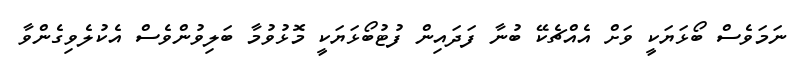
ނަމަވެސް ބޯޅަޔަކީ ވަށް އެއްޗެކޭ ބުނާ ފަދައިން ފުޓުބޯޅަޔަކީ މޮޅުވުމާ ބަލިވުންވެސް އެކުލެވިގެންވާ